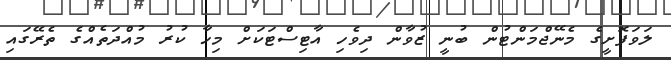
ލަވަފޮށީގެ މެނޭޖްމަންޓުން ބުނީ ޒުވާން ދިވެހި އާޓިސްޓަކަށް މިހާ ކުރު މުއްދަތެއްގެ ތެރޭގައި